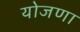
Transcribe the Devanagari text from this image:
योजणा